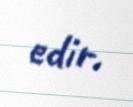
edir.